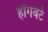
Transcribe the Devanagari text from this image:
हॉगवर्ट